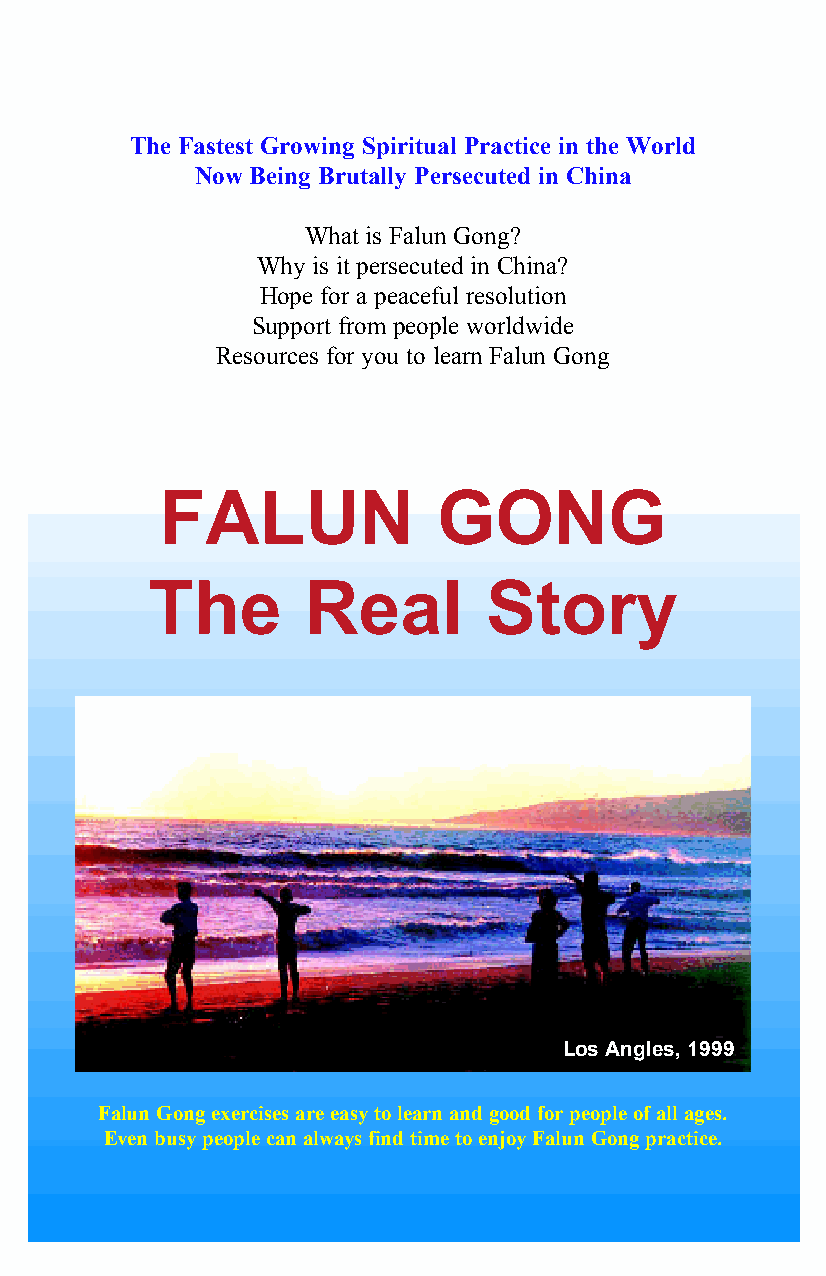
The Fastest Growing Spiritual Practice in the World
 Now Being Brutally Persecuted in China
 What is Falun Gong?
 Why is it persecuted in China?
 Hope for a peaceful resolution
 Support from people worldwide
 Resources for you to learn Falun Gong
 FALUN             GONG
 The       Real        Story
 Los Angles, 1999
 Falun Gong exercises are easy to learn and good for people of all ages.
 Even busy people can always find time to enjoy Falun Gong practice.